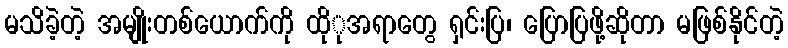
မသိခဲ့တဲ့ အမျိုးတစ်ယောက်ကို ထိုုအရာတွေ ရှင်းပြ၊ ပြောပြဖို့ဆိုတာ မဖြစ်နိုင်တဲ့